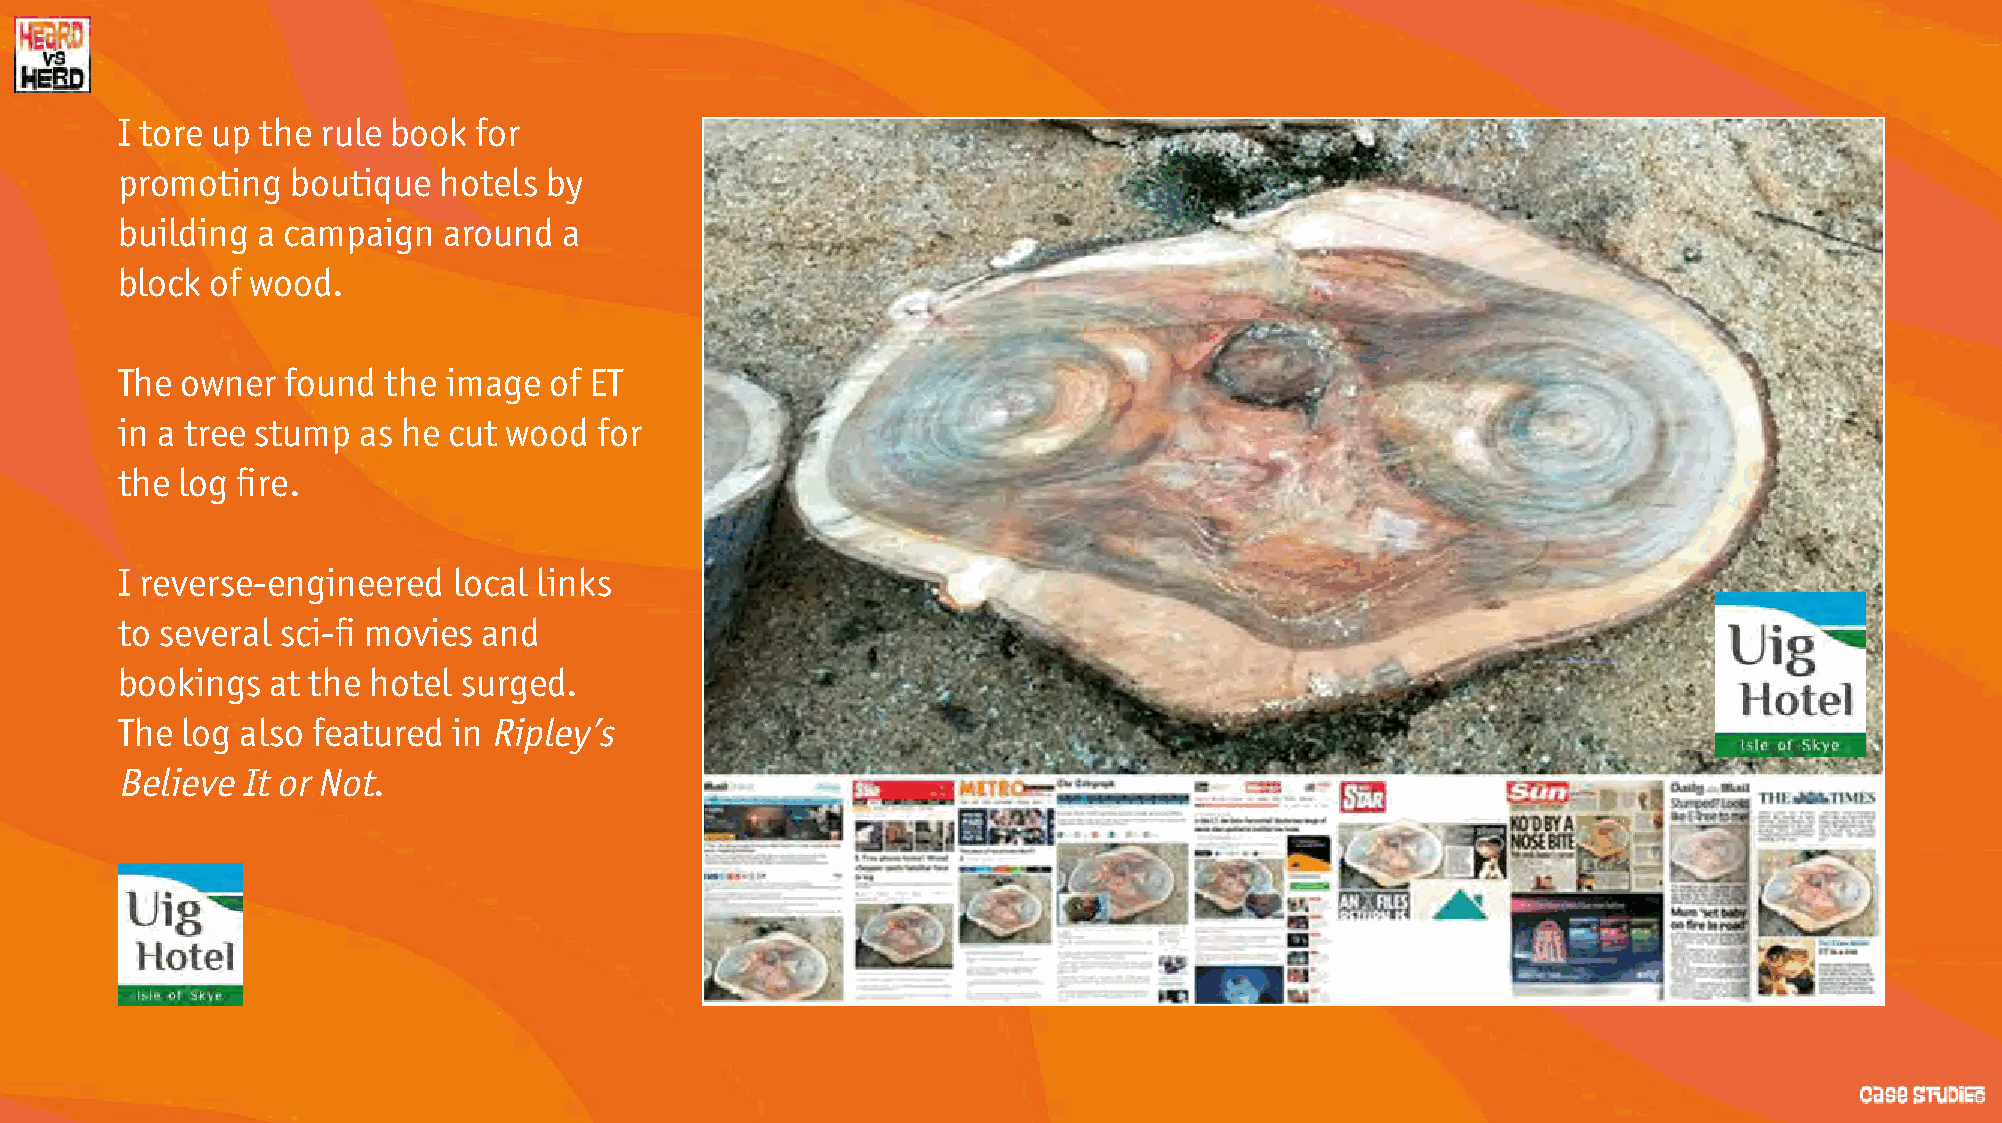
I tore up the rule book for
 promoting  boutique  hotels by
 building a campaign  around  a
 block of wood.
 The owner  found  the image of ET
 in a tree stump as he cut wood  for
 the log fire.
 I reverse-engineered  local links
 to several sci-fi movies and
 bookings  at the hotel surged.
 The log also featured in Ripley’s
 Believe It or Not.